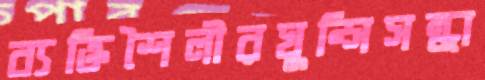
ব্যক্তিশৈলীরঘুন্সিসন্ধা